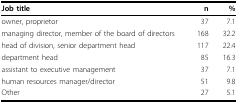
<table><thead><tr><td><b>Job title</b></td><td><b>n</b></td><td><b>%</b></td></tr></thead><tbody><tr><td>owner, proprietor</td><td>37</td><td>7.1</td></tr><tr><td>managing director, member of the board of directors</td><td>168</td><td>32.2</td></tr><tr><td>head of division, senior department head</td><td>117</td><td>22.4</td></tr><tr><td>department head</td><td>85</td><td>16.3</td></tr><tr><td>assistant to executive management</td><td>37</td><td>7.1</td></tr><tr><td>human resources manager/director</td><td>51</td><td>9.8</td></tr><tr><td>Other</td><td>27</td><td>5.1</td></tr></tbody></table>